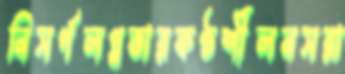
নিসর্গলগ্নতারকণ্ঠশীলনসরা